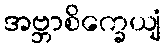
အဗ္ဘာစိက္ခေယျံ